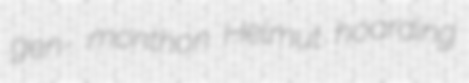
gen- monthon Helmut hoarding